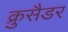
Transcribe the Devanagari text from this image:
क्रुसैडर